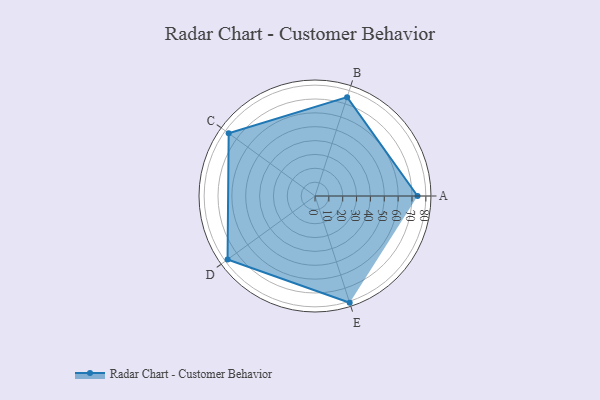
{"axis": {"x": "Skill", "y": "Score"}, "legend": ["Profile"], "data": [{"x": "A", "y": 74.0, "type": "Profile"}, {"x": "B", "y": 75.0, "type": "Profile"}, {"x": "C", "y": 77.0, "type": "Profile"}, {"x": "D", "y": 78.0, "type": "Profile"}, {"x": "E", "y": 81.0, "type": "Profile"}]}